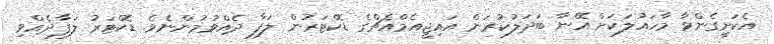
އެކަށީގެންވާ މާހައުލަކަށް އޭނާ ބަދަލުކުރަން އައިޖީއެމްއެޗްގެ ޑޮކްޓަރުން ލަފާ ދެއްވުމުންނެވެ. ޑޮކްޓަރު ލަފާދެއްވި